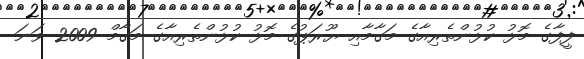
ފީފާގެ މޮޅު ކުޅުންތެރިއާގެ މަގާމާއި ޔޫރަޕުގެ މޮޅު ކުޅުންތެރިއާގެ މަގާމް 2009 ވަނަ